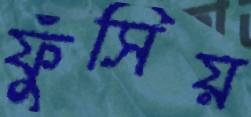
ফুঁসিয়